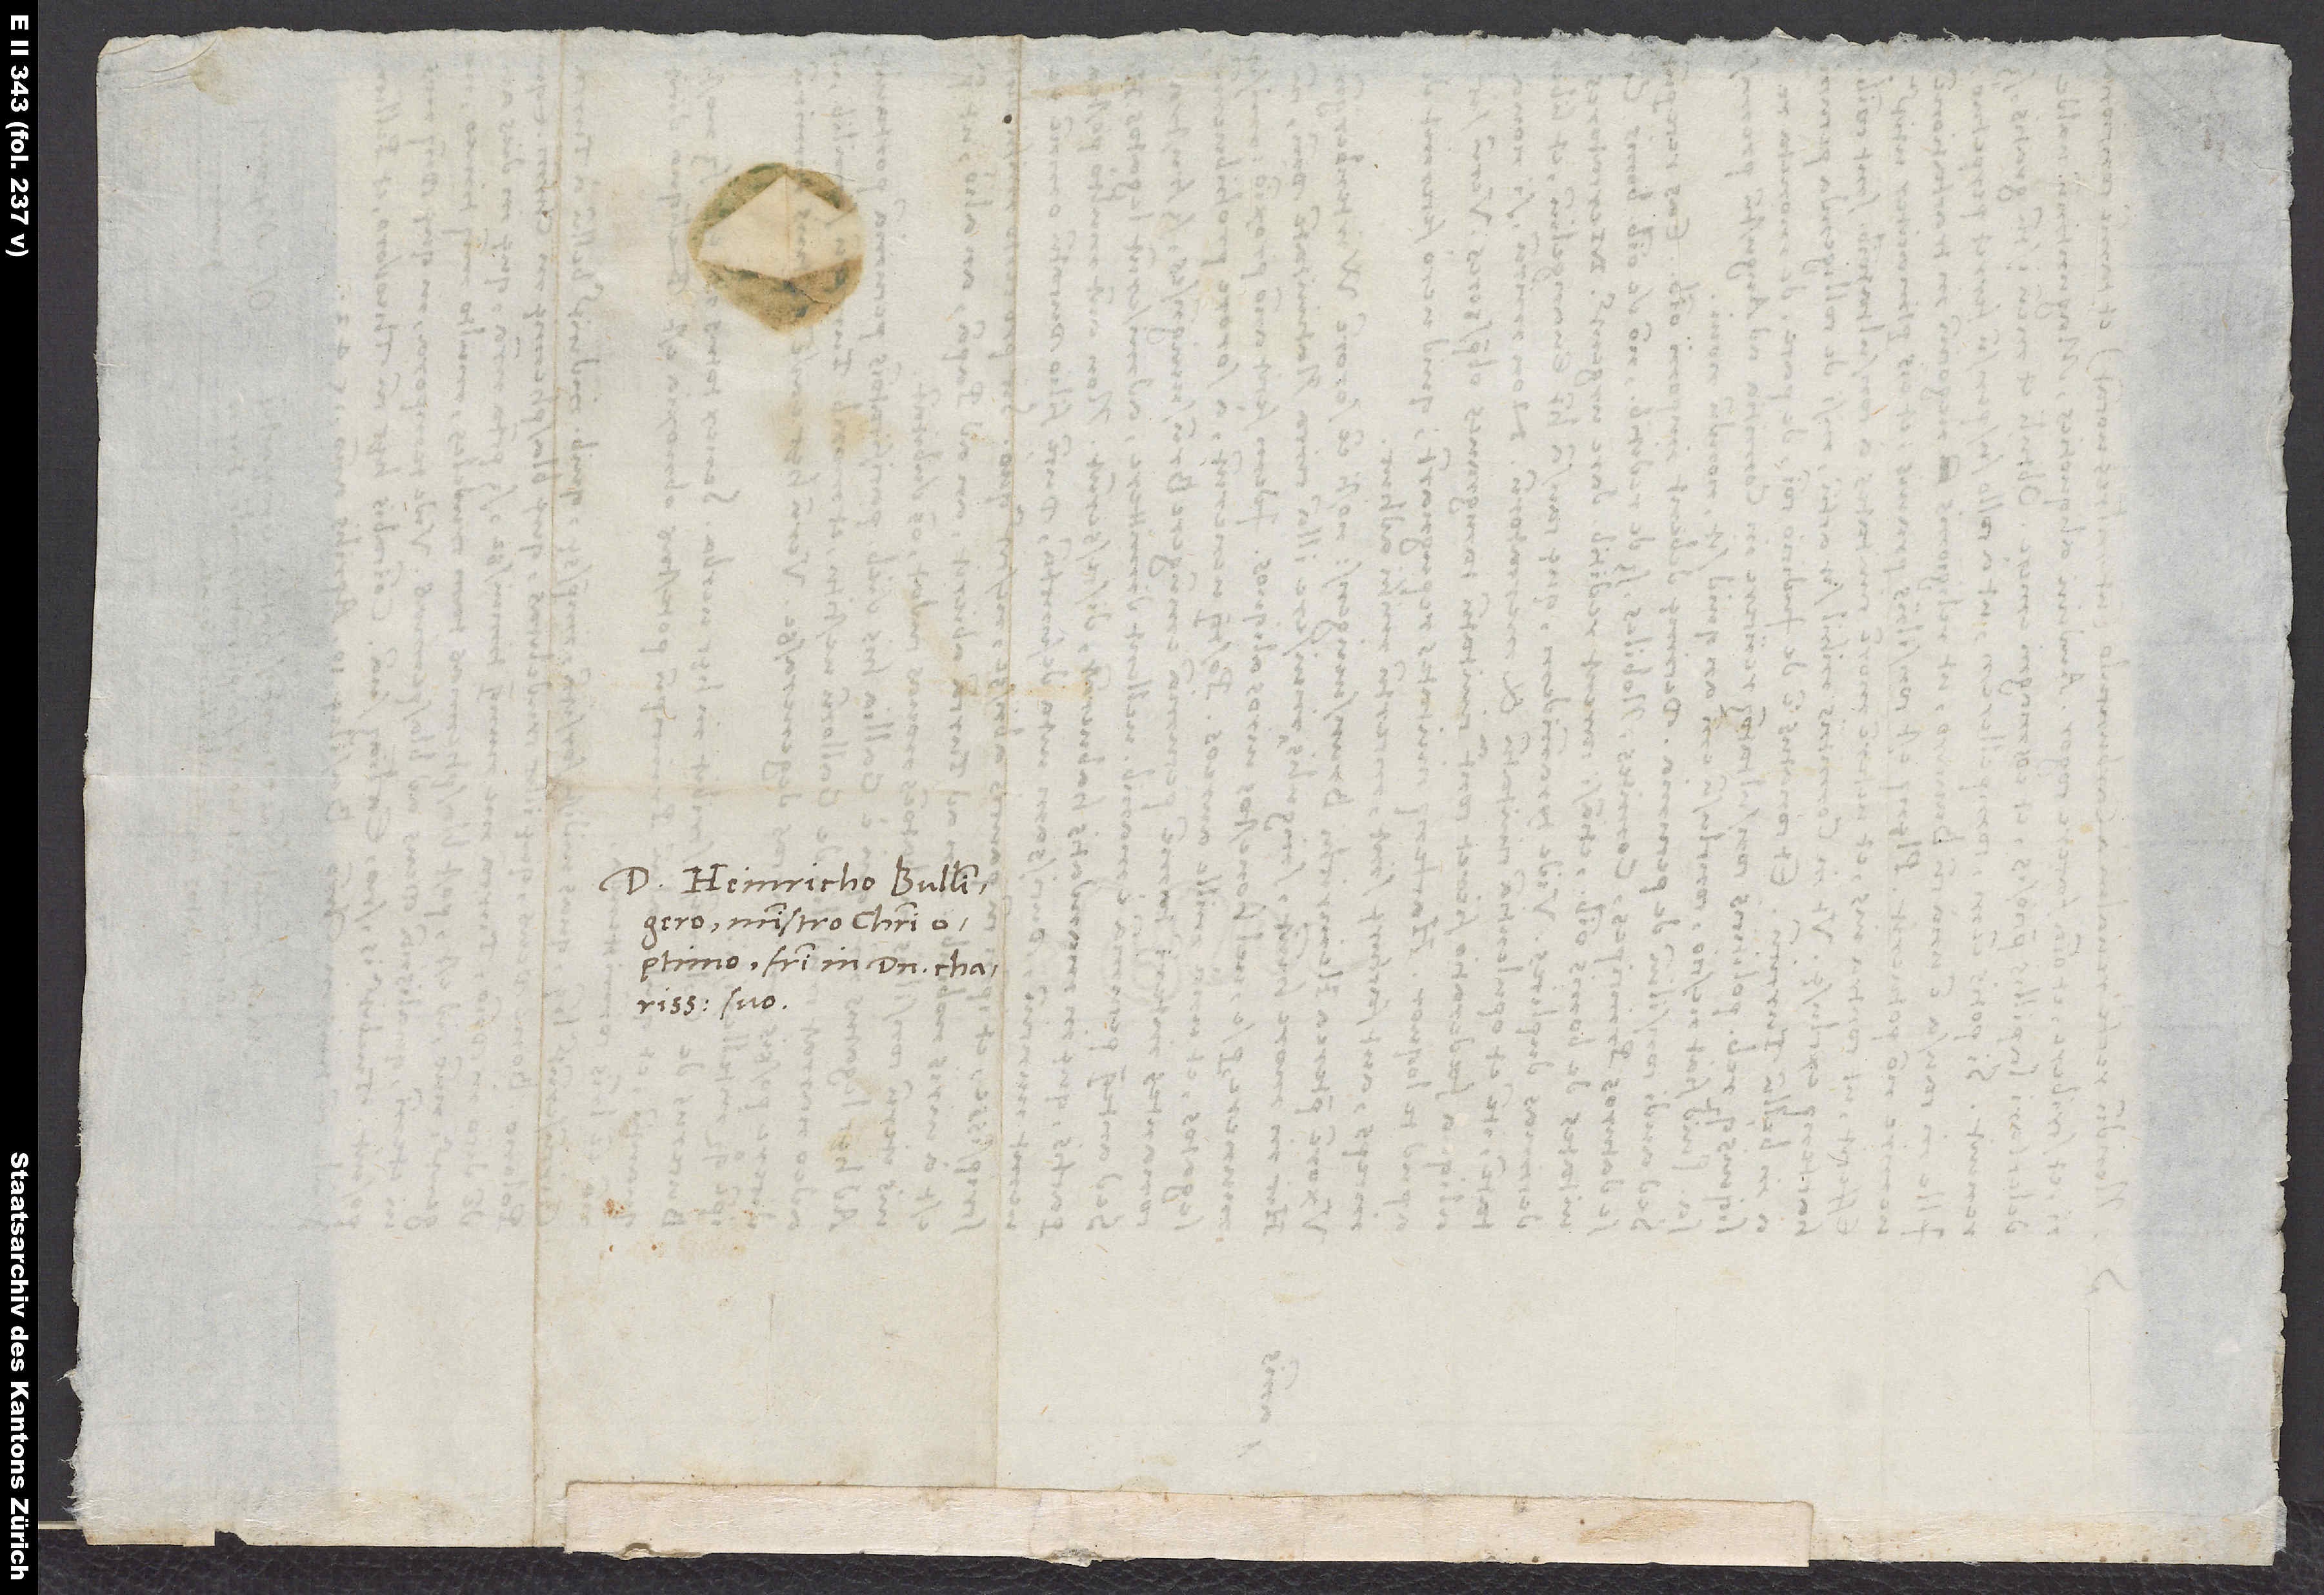
S.
1542.
Domino Heinricho Bullingero,
ministro Christi
optimo, fratri in domino charissimo
suo.